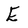
Character: E